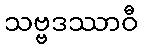
သဗ္ဗဒဿာဝီ